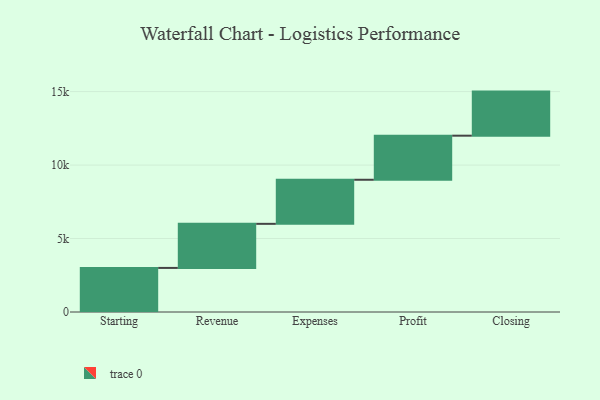
{"axis": {"x": "Step", "y": "Value"}, "legend": [""], "data": [{"x": "Starting", "y": 3000, "type": ""}, {"x": "Revenue", "y": 3000, "type": ""}, {"x": "Expenses", "y": 3000, "type": ""}, {"x": "Profit", "y": 3000, "type": ""}, {"x": "Closing", "y": 3000, "type": ""}]}